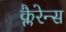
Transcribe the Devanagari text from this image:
क्लैरेन्स